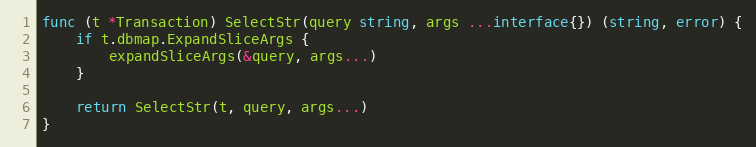
Language: Go
func (t *Transaction) SelectStr(query string, args ...interface{}) (string, error) {
	if t.dbmap.ExpandSliceArgs {
		expandSliceArgs(&query, args...)
	}

	return SelectStr(t, query, args...)
}